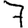
Digit: 7